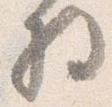
将